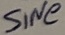
Text: SiNe